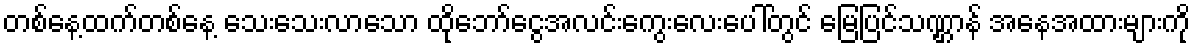
တစ်နေ့ထက်တစ်နေ့ သေးသေးလာသော ထိုဘော်ငွေအလင်းကွေးလေးပေါ်တွင် မြေပြင်သဏ္ဌာန် အနေအထားများကို